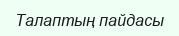
Талаптың пайдасы